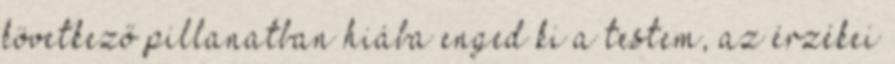
következő pillanatban hiába enged ki a testem, az érzékei